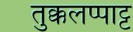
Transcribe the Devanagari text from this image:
तुक्कलप्पाट्ट